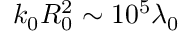
k _ { 0 } R _ { 0 } ^ { 2 } \sim 1 0 ^ { 5 } \lambda _ { 0 }